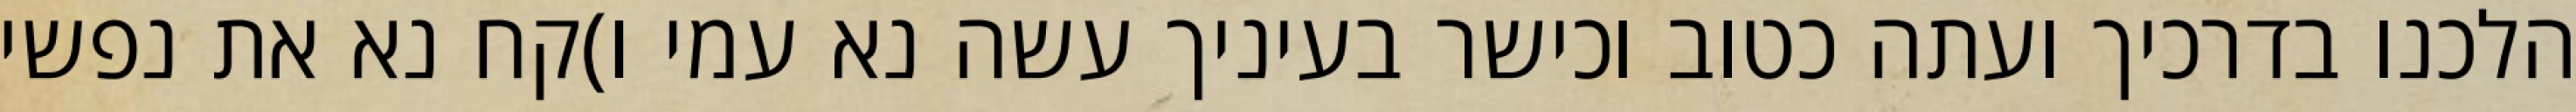
הלכנו בדרכיך ועתה כטוב וכישר בעיניך עשה נא עמי ו)קח נא את נפשי